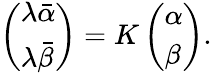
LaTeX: \left(\begin{array}{l}{{\lambda\bar{\alpha}}}\\ {{\lambda\bar{\beta}}}\end{array}\right)=K\left(\begin{array}{l}{{\alpha}}\\ {{\beta}}\end{array}\right).